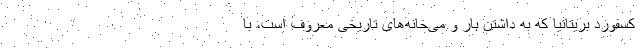
کسفورد بریتانیا که به داشتن بار و می‌خانه‌های تاریخی معروف است، با